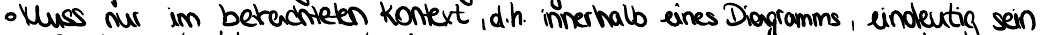
Muss nur im betrachteten Kontext, d.h. innerhalb eines Diagramms, eindeutig sein